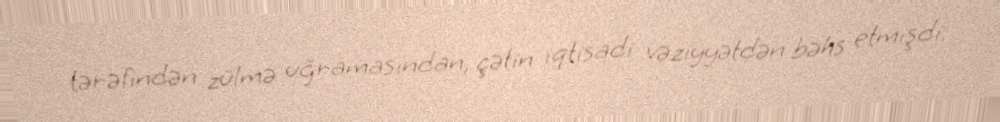
tərəfindən zülmə uğramasından, çətin iqtisadi vəziyyətdən bəhs etmişdi.